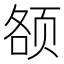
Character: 𱂥